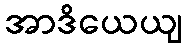
အာဒိယေယျ